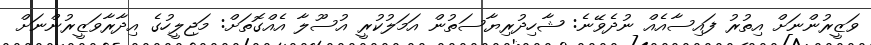
ވަޒީރުންނަށް އިތުރު ފައިސާއެއް ނުދެވޭނެ: ޝާހިދުރިޔާސަތުން އަމަލުކުރީ އުސޫލާ އެއްގޮތަށް: މަޖިލީހުގެ އިދާރާވަޒީރުންނަށް